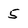
Character: 5